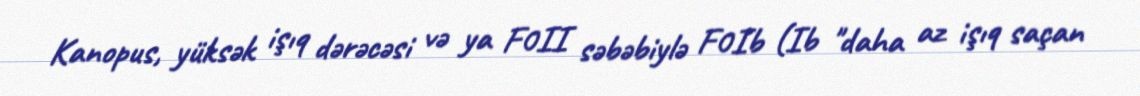
Kanopus, yüksək işıq dərəcəsi və ya F0II səbəbiylə F0Ib (Ib "daha az işıq saçan